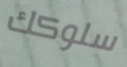
سلوكك